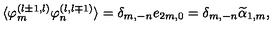
\langle \varphi _ { m } ^ { ( l \pm 1 , l ) } \varphi _ { n } ^ { ( l , l \mp 1 ) } \rangle = \delta _ { m , - n } e _ { 2 m , 0 } = \delta _ { m , - n } \widetilde { \alpha } _ { 1 , m } ,